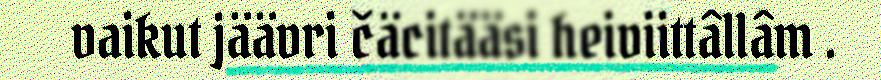
vaikut jäävri čäcitääsi heiviittâllâm .